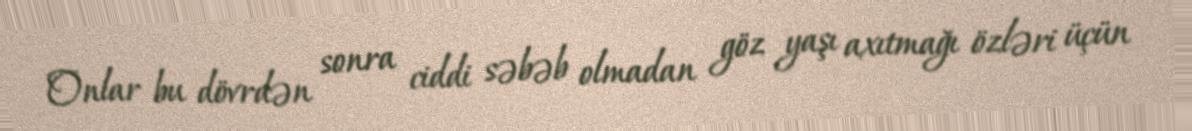
Onlar bu dövrdən sonra ciddi səbəb olmadan göz yaşı axıtmağı özləri üçün